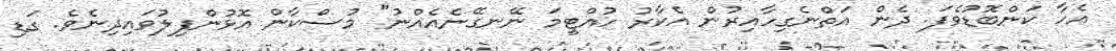
އެހާ ކަންބޮޑުވެފަ. ދެން އަތްނެގިހާއިރުން އެކާރު ހުއްޓީމަ ނޭނގޭނެއެއްނު" މުސްކާން އޮޅުންފިލުވައިދިނެވެ. ގަޑި